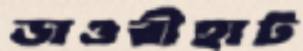
ডাওরীহাট